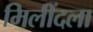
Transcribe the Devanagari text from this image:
मिलींदला